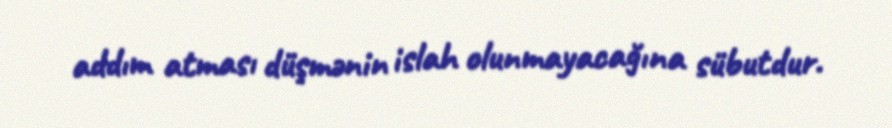
addım atması düşmənin islah olunmayacağına sübutdur.